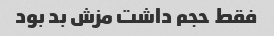
فقط حجم داشت مزش بد بود